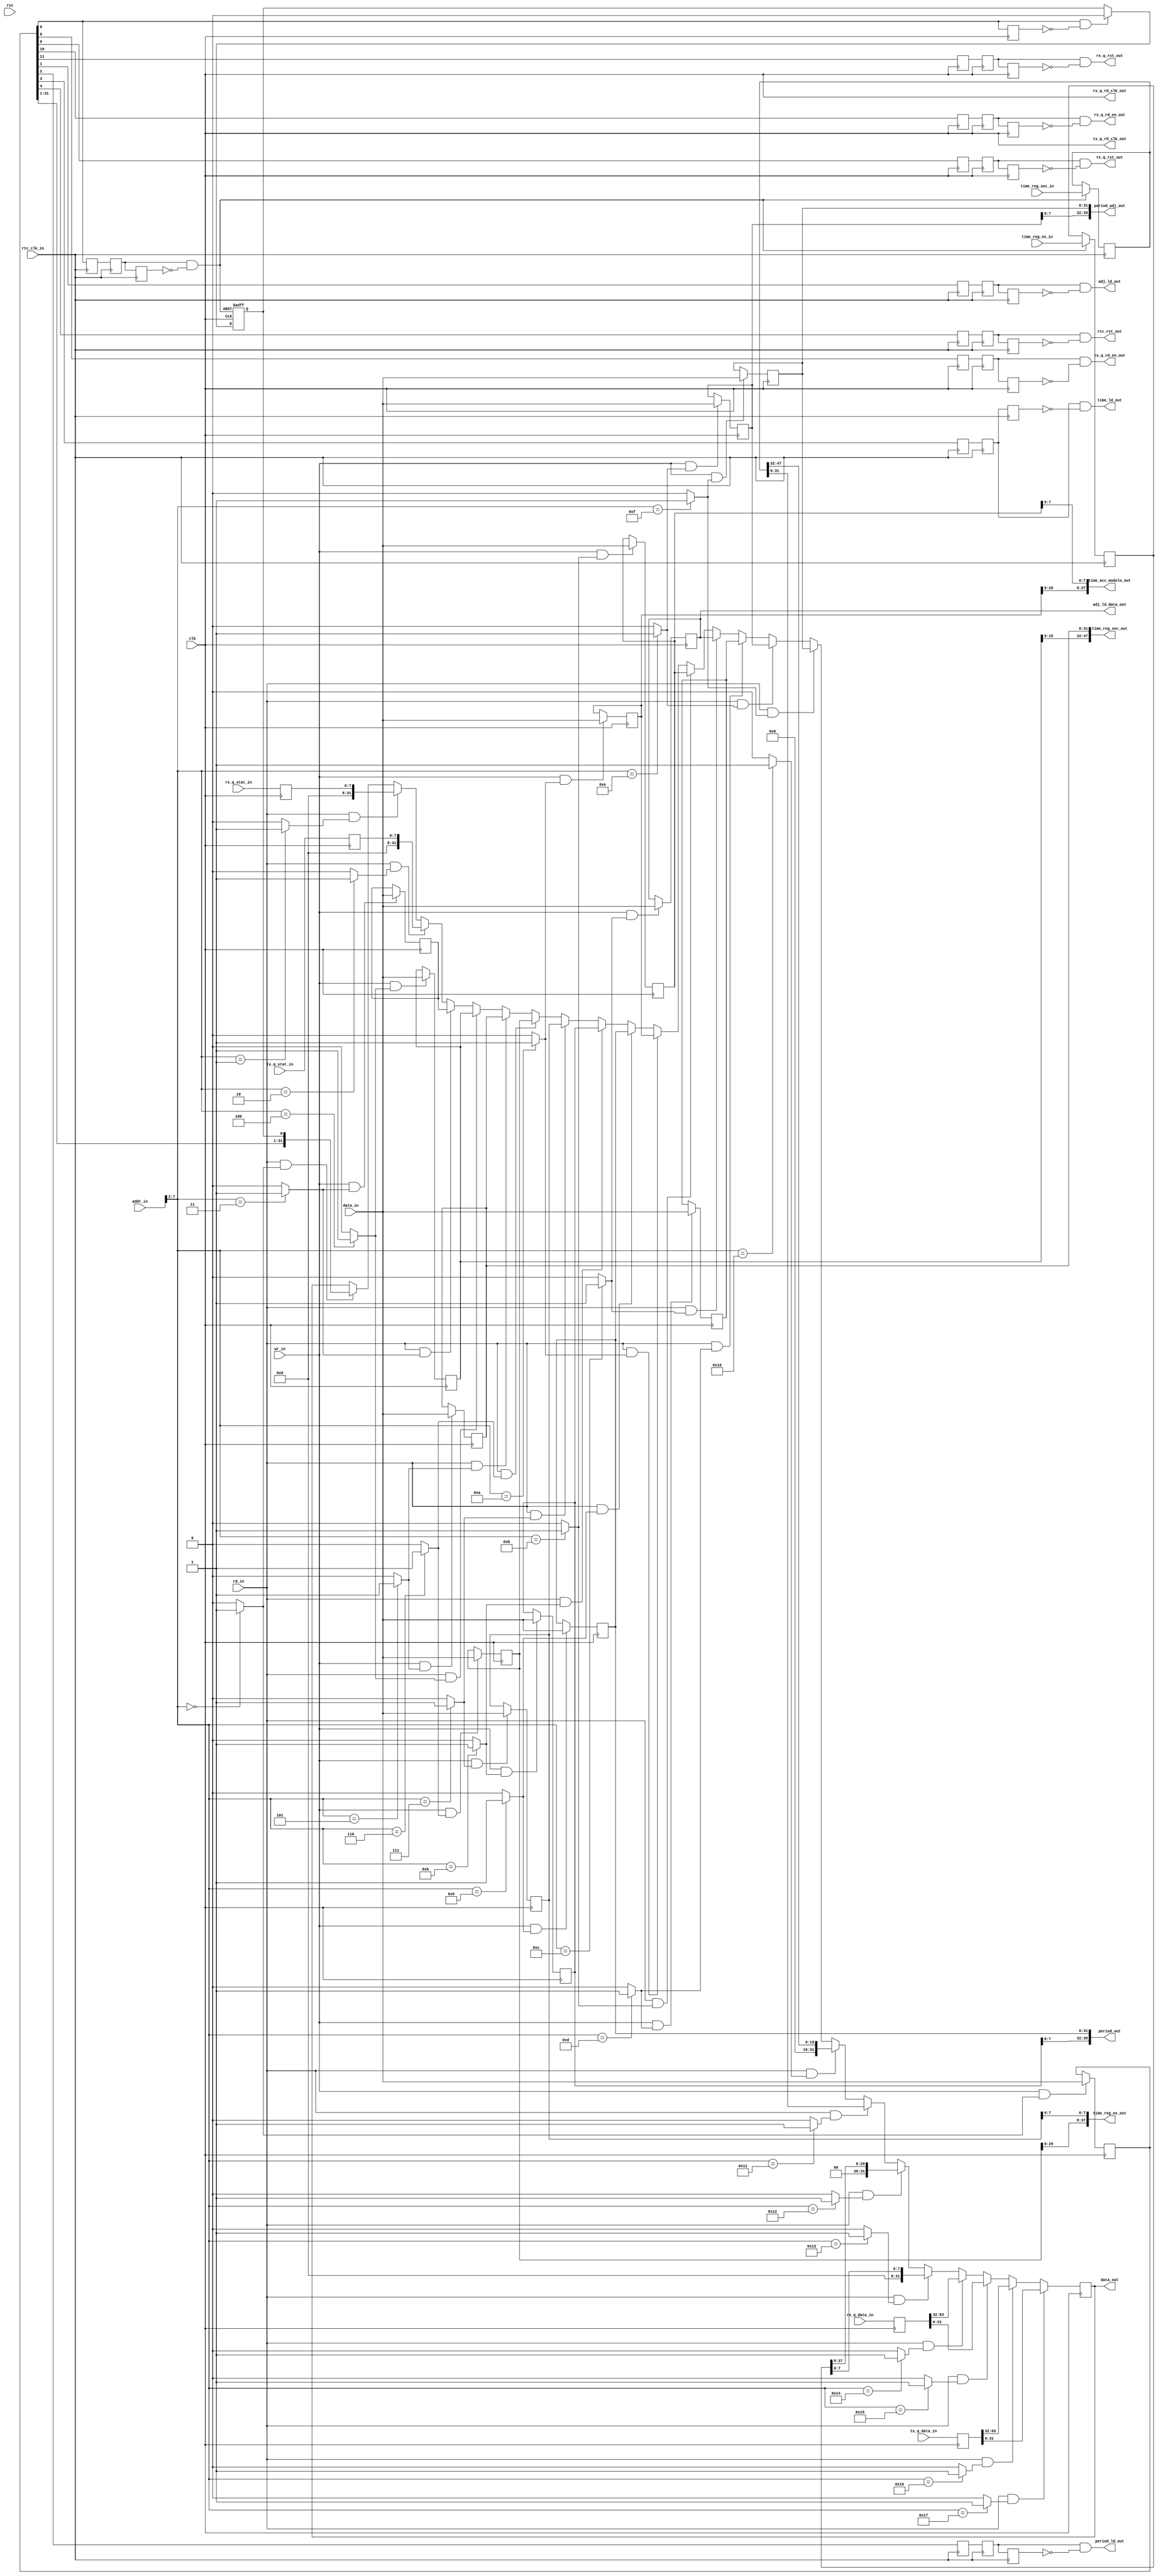
`timescale 1ns/1ns

module rgs (
  // generic bus interface
  input         rst,clk,
  input         wr_in,rd_in,
  input  [ 7:0] addr_in,
  input  [31:0] data_in,
  output [31:0] data_out,
  // rtc interface
  input         rtc_clk_in,
  output        rtc_rst_out,
  output        time_ld_out,
  output [37:0] time_reg_ns_out,
  output [47:0] time_reg_sec_out,
  output        period_ld_out,
  output [39:0] period_out,
  output [37:0] time_acc_modulo_out,
  output        adj_ld_out,
  output [31:0] adj_ld_data_out,
  output [39:0] period_adj_out,
  input  [37:0] time_reg_ns_in,
  input  [47:0] time_reg_sec_in,
  // rx tsu interface
  output        rx_q_rst_out,
  output        rx_q_rd_clk_out,
  output        rx_q_rd_en_out,
  input  [ 7:0] rx_q_stat_in,
  input  [63:0] rx_q_data_in,
  // tx tsu interface
  output        tx_q_rst_out,
  output        tx_q_rd_clk_out,
  output        tx_q_rd_en_out,
  input  [ 7:0] tx_q_stat_in,
  input  [63:0] tx_q_data_in
);

parameter const_00 = 8'h00;
parameter const_04 = 8'h04;
parameter const_08 = 8'h08;
parameter const_0c = 8'h0C;
parameter const_10 = 8'h10;
parameter const_14 = 8'h14;
parameter const_18 = 8'h18;
parameter const_1c = 8'h1C;
parameter const_20 = 8'h20;
parameter const_24 = 8'h24;
parameter const_28 = 8'h28;
parameter const_2c = 8'h2C;
parameter const_30 = 8'h30;
parameter const_34 = 8'h34;
parameter const_38 = 8'h38;
parameter const_3c = 8'h3C;
parameter const_40 = 8'h40;
parameter const_44 = 8'h44;
parameter const_48 = 8'h48;
parameter const_4c = 8'h4C;
parameter const_50 = 8'h50;
parameter const_54 = 8'h54;
parameter const_58 = 8'h58;
parameter const_5c = 8'h5C;

wire cs_00 = (addr_in[7:2]==const_00[7:2])? 1'b1: 1'b0;
wire cs_04 = (addr_in[7:2]==const_04[7:2])? 1'b1: 1'b0;
wire cs_08 = (addr_in[7:2]==const_08[7:2])? 1'b1: 1'b0;
wire cs_0c = (addr_in[7:2]==const_0c[7:2])? 1'b1: 1'b0;
wire cs_10 = (addr_in[7:2]==const_10[7:2])? 1'b1: 1'b0;
wire cs_14 = (addr_in[7:2]==const_14[7:2])? 1'b1: 1'b0;
wire cs_18 = (addr_in[7:2]==const_18[7:2])? 1'b1: 1'b0;
wire cs_1c = (addr_in[7:2]==const_1c[7:2])? 1'b1: 1'b0;
wire cs_20 = (addr_in[7:2]==const_20[7:2])? 1'b1: 1'b0;
wire cs_24 = (addr_in[7:2]==const_24[7:2])? 1'b1: 1'b0;
wire cs_28 = (addr_in[7:2]==const_28[7:2])? 1'b1: 1'b0;
wire cs_2c = (addr_in[7:2]==const_2c[7:2])? 1'b1: 1'b0;
wire cs_30 = (addr_in[7:2]==const_30[7:2])? 1'b1: 1'b0;
wire cs_34 = (addr_in[7:2]==const_34[7:2])? 1'b1: 1'b0;
wire cs_38 = (addr_in[7:2]==const_38[7:2])? 1'b1: 1'b0;
wire cs_3c = (addr_in[7:2]==const_3c[7:2])? 1'b1: 1'b0;
wire cs_40 = (addr_in[7:2]==const_40[7:2])? 1'b1: 1'b0;
wire cs_44 = (addr_in[7:2]==const_44[7:2])? 1'b1: 1'b0;
wire cs_48 = (addr_in[7:2]==const_48[7:2])? 1'b1: 1'b0;
wire cs_4c = (addr_in[7:2]==const_4c[7:2])? 1'b1: 1'b0;
wire cs_50 = (addr_in[7:2]==const_50[7:2])? 1'b1: 1'b0;
wire cs_54 = (addr_in[7:2]==const_54[7:2])? 1'b1: 1'b0;
wire cs_58 = (addr_in[7:2]==const_58[7:2])? 1'b1: 1'b0;
wire cs_5c = (addr_in[7:2]==const_5c[7:2])? 1'b1: 1'b0;

reg [31:0] reg_00;  // ctrl 12 bit
reg [31:0] reg_04;  // qsta 16 bit
reg [31:0] reg_08;  // 
reg [31:0] reg_0c;  // 
reg [31:0] reg_10;  // tout 16 s
reg [31:0] reg_14;  // tout 32 s
reg [31:0] reg_18;  // tout 30 ns
reg [31:0] reg_1c;  // tout  8 nsf
reg [31:0] reg_20;  // peri  8 ns
reg [31:0] reg_24;  // peri 32 nsf
reg [31:0] reg_28;  // amod 30 ns
reg [31:0] reg_2c;  // amod  8 nsf
reg [31:0] reg_30;  // ajld 32 bit
reg [31:0] reg_34;  // 
reg [31:0] reg_38;  // ajpr  8 ns
reg [31:0] reg_3c;  // ajpr 32 nsf
reg [31:0] reg_40;  // tmin 16 s
reg [31:0] reg_44;  // tmin 32 s
reg [31:0] reg_48;  // tmin 30 ns
reg [31:0] reg_4c;  // tmin  8 nsf
reg [31:0] reg_50;  // rxqu 24 bit
reg [31:0] reg_54;  // rxqu 32 bit
reg [31:0] reg_58;  // txqu 24 bit
reg [31:0] reg_5c;  // txqu 32 bit

// write registers
always @(posedge clk) begin
  if (wr_in && cs_00) reg_00 <= data_in;
  if (wr_in && cs_04) reg_04 <= data_in;
  if (wr_in && cs_08) reg_08 <= data_in;
  if (wr_in && cs_0c) reg_0c <= data_in;
  if (wr_in && cs_10) reg_10 <= data_in;
  if (wr_in && cs_14) reg_14 <= data_in;
  if (wr_in && cs_18) reg_18 <= data_in;
  if (wr_in && cs_1c) reg_1c <= data_in;
  if (wr_in && cs_20) reg_20 <= data_in;
  if (wr_in && cs_24) reg_24 <= data_in;
  if (wr_in && cs_28) reg_28 <= data_in;
  if (wr_in && cs_2c) reg_2c <= data_in;
  if (wr_in && cs_30) reg_30 <= data_in;
  if (wr_in && cs_34) reg_34 <= data_in;
  if (wr_in && cs_38) reg_38 <= data_in;
  if (wr_in && cs_3c) reg_3c <= data_in;
  if (wr_in && cs_40) reg_40 <= data_in;
  if (wr_in && cs_44) reg_44 <= data_in;
  if (wr_in && cs_48) reg_48 <= data_in;
  if (wr_in && cs_4c) reg_4c <= data_in;
  if (wr_in && cs_50) reg_50 <= data_in;
  if (wr_in && cs_54) reg_54 <= data_in;
  if (wr_in && cs_58) reg_58 <= data_in;
  if (wr_in && cs_5c) reg_5c <= data_in;
end

// read registers
reg  [37:0] time_reg_ns_int;
reg  [47:0] time_reg_sec_int;
reg  [63:0] rx_q_data_int;
reg  [ 7:0] rx_q_stat_int;
reg  [63:0] tx_q_data_int;
reg  [ 7:0] tx_q_stat_int;
reg         time_ok;

reg  [31:0] data_out_reg;
always @(posedge clk) begin
  if (rd_in && cs_00) data_out_reg <= {reg_00[31:1], time_ok};
  if (rd_in && cs_04) data_out_reg <= {24'd0, rx_q_stat_int[ 7: 0]};
  if (rd_in && cs_08) data_out_reg <= {24'd0, tx_q_stat_int[ 7: 0]};
  if (rd_in && cs_0c) data_out_reg <= reg_0c;
  if (rd_in && cs_10) data_out_reg <= reg_10;
  if (rd_in && cs_14) data_out_reg <= reg_14;
  if (rd_in && cs_18) data_out_reg <= reg_18;
  if (rd_in && cs_1c) data_out_reg <= reg_1c;
  if (rd_in && cs_20) data_out_reg <= reg_20;
  if (rd_in && cs_24) data_out_reg <= reg_24;
  if (rd_in && cs_28) data_out_reg <= reg_28;
  if (rd_in && cs_2c) data_out_reg <= reg_2c;
  if (rd_in && cs_30) data_out_reg <= reg_30;
  if (rd_in && cs_34) data_out_reg <= reg_34;
  if (rd_in && cs_38) data_out_reg <= reg_38;
  if (rd_in && cs_3c) data_out_reg <= reg_3c;
  if (rd_in && cs_40) data_out_reg <= {16'd0, time_reg_sec_int[47:32]};
  if (rd_in && cs_44) data_out_reg <=         time_reg_sec_int[31: 0];
  if (rd_in && cs_48) data_out_reg <= { 2'd0, time_reg_ns_int [37: 8]};
  if (rd_in && cs_4c) data_out_reg <= {24'd0, time_reg_ns_int [ 7: 0]};
  if (rd_in && cs_50) data_out_reg <= rx_q_data_int[63:32];
  if (rd_in && cs_54) data_out_reg <= rx_q_data_int[31: 0];
  if (rd_in && cs_58) data_out_reg <= tx_q_data_int[63:32];
  if (rd_in && cs_5c) data_out_reg <= tx_q_data_int[31: 0];
end
assign data_out = data_out_reg;

// register mapping
wire rxq_rst = reg_00[11];
wire rxqu_rd = reg_00[10];
wire txq_rst = reg_00[ 9];
wire txqu_rd = reg_00[ 8];
//wire       = reg_00[ 7];
//wire       = reg_00[ 6];
//wire       = reg_00[ 5];
wire rtc_rst = reg_00[ 4];
wire time_ld = reg_00[ 3];
wire perd_ld = reg_00[ 2];
wire adjt_ld = reg_00[ 1];
wire time_rd = reg_00[ 0];
assign time_reg_sec_out   [47:0] = {reg_10[15: 0], reg_14[31: 0]};
assign time_reg_ns_out    [37:0] = {reg_18[29: 0], reg_1c[ 7: 0]};
assign period_out         [39:0] = {reg_20[ 7: 0], reg_24[31: 0]};
assign time_acc_modulo_out[37:0] = {reg_28[29: 0], reg_2c[ 7: 0]};
assign adj_ld_data_out    [31:0] =  reg_30[31: 0];
assign period_adj_out     [39:0] = {reg_38[ 7: 0], reg_3c[31: 0]};

// real time clock
reg rtc_rst_s1, rtc_rst_s2, rtc_rst_s3;
assign rtc_rst_out = rtc_rst_s2 && !rtc_rst_s3;
always @(posedge rtc_clk_in) begin
  rtc_rst_s1 <= rtc_rst;
  rtc_rst_s2 <= rtc_rst_s1;
  rtc_rst_s3 <= rtc_rst_s2;
end

reg time_ld_s1, time_ld_s2, time_ld_s3;
assign time_ld_out = time_ld_s2 && !time_ld_s3;
always @(posedge rtc_clk_in) begin
  time_ld_s1 <= time_ld;
  time_ld_s2 <= time_ld_s1;
  time_ld_s3 <= time_ld_s2;
end

reg perd_ld_s1, perd_ld_s2, perd_ld_s3;
assign period_ld_out  = perd_ld_s2 && !perd_ld_s3;
always @(posedge rtc_clk_in) begin
  perd_ld_s1 <= perd_ld;
  perd_ld_s2 <= perd_ld_s1;
  perd_ld_s3 <= perd_ld_s2;
end

reg adjt_ld_s1, adjt_ld_s2, adjt_ld_s3;
assign adj_ld_out = adjt_ld_s2 && !adjt_ld_s3;
always @(posedge rtc_clk_in) begin
  adjt_ld_s1 <= adjt_ld;
  adjt_ld_s2 <= adjt_ld_s1;
  adjt_ld_s3 <= adjt_ld_s2;
end

// RTC time read CDC hand-shaking
reg time_rd_s1, time_rd_s2, time_rd_s3;
wire time_rd_ack = time_rd_s2 && !time_rd_s3;
always @(posedge rtc_clk_in) begin
  time_rd_s1 <= time_rd;
  time_rd_s2 <= time_rd_s1;
  time_rd_s3 <= time_rd_s2;
end

always @(posedge rtc_clk_in) begin
  if (time_rd_ack) begin
    time_reg_ns_int  <= time_reg_ns_in;
    time_reg_sec_int <= time_reg_sec_in;	  
  end
end

reg time_rd_d1;
wire time_rd_req = time_rd && !time_rd_d1;
always @(posedge clk) begin
  time_rd_d1 <= time_rd;
end

always @(posedge clk or posedge time_rd_ack) begin
  if (time_rd_ack)
    time_ok <= 1'b1;
  else if (time_rd_req)
    time_ok <= 1'b0;
end

// rx time stamp queue
assign rx_q_rd_clk_out = clk;

reg rxq_rst_d1, rxq_rst_d2, rxq_rst_d3;
assign rx_q_rst_out = rxq_rst_d2 && !rxq_rst_d3;
always @(posedge clk) begin
  rxq_rst_d1 <= rxq_rst;
  rxq_rst_d2 <= rxq_rst_d1;
  rxq_rst_d3 <= rxq_rst_d2;
end

reg rxqu_rd_d1, rxqu_rd_d2, rxqu_rd_d3;
assign rx_q_rd_en_out = rxqu_rd_d2 && !rxqu_rd_d3;
always @(posedge clk) begin
  rxqu_rd_d1 <= rxqu_rd;
  rxqu_rd_d2 <= rxqu_rd_d1;
  rxqu_rd_d3 <= rxqu_rd_d2;
end

always @(posedge clk) begin
  rx_q_data_int <= rx_q_data_in;
  rx_q_stat_int <= rx_q_stat_in;
end

// tx time stamp queue
assign tx_q_rd_clk_out = clk;

reg txq_rst_d1, txq_rst_d2, txq_rst_d3;
assign tx_q_rst_out = txq_rst_d2 && !txq_rst_d3;
always @(posedge clk) begin
  txq_rst_d1 <= txq_rst;
  txq_rst_d2 <= txq_rst_d1;
  txq_rst_d3 <= txq_rst_d2;
end

reg txqu_rd_d1, txqu_rd_d2, txqu_rd_d3;
assign tx_q_rd_en_out = txqu_rd_d2 && !txqu_rd_d3;
always @(posedge clk) begin
  txqu_rd_d1 <= txqu_rd;
  txqu_rd_d2 <= txqu_rd_d1;
  txqu_rd_d3 <= txqu_rd_d2;
end

always @(posedge clk) begin
  tx_q_data_int <= tx_q_data_in;
  tx_q_stat_int <= tx_q_stat_in;
end

endmodule